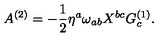
A ^ { ( 2 ) } = - { \frac { 1 } { 2 } } \eta ^ { a } \omega _ { a b } X ^ { b c } G _ { c } ^ { ( 1 ) } .